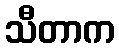
သီတာက